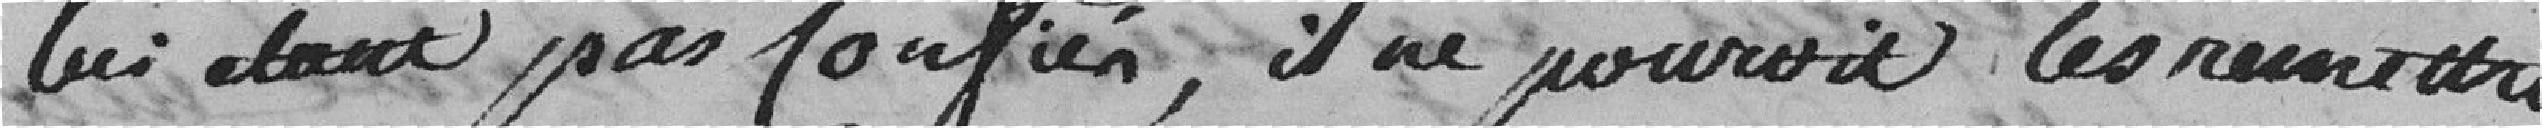
lui étant pas confié, il ne pouvait les remettre